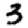
Digit: 3